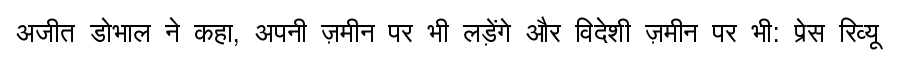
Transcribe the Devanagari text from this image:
अजीत डोभाल ने कहा, अपनी ज़मीन पर भी लड़ेंगे और विदेशी ज़मीन पर भी: प्रेस रिव्यू